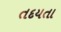
તદયતા